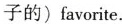
子的)favorite.